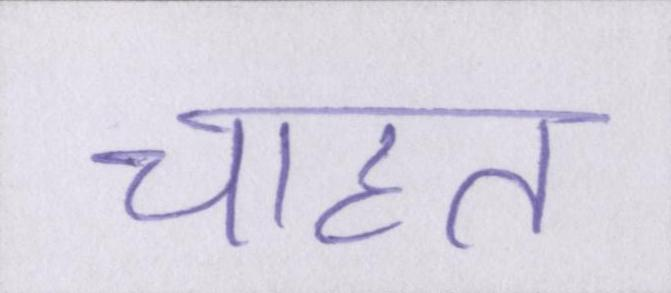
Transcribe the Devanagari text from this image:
चाहत